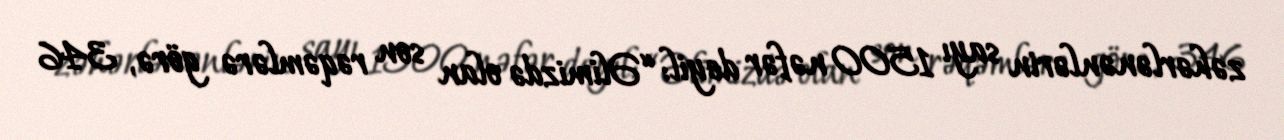
zəhərlənənlərin sayı 1500 nəfər deyil: “Əlimizdə olan son rəqəmlərə görə, 346